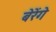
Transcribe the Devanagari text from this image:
बेरेंगे